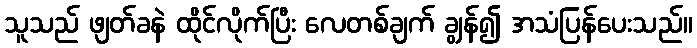
သူသည် ဖျတ်ခနဲ ထိုင်လိုက်ပြီး လေတစ်ချက် ချွန်၍ အသံပြန်ပေးသည်။